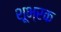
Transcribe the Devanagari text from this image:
शूभ्रक